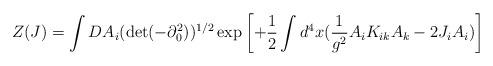
LaTeX: \begin{align*} Z(J)= \int DA_i (\det(-\partial^2_0))^{1/2}\exp \left[+\frac{1}{2} \int d^4 x( \frac{1}{g^2} A_i K_{ik} A_k - 2J_i A_i) \right]\end{align*}